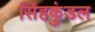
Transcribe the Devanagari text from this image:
सिंहकुंडल